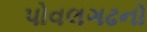
પોવલગઢનો